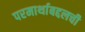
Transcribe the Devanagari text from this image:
परमार्थाबद्दलची